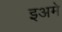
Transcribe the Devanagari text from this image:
इअमे